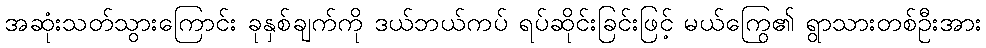
အဆုံးသတ်သွားကြောင်း ခုနှစ်ချက်ကို ဒယ်ဘယ်ကပ် ရပ်ဆိုင်းခြင်းဖြင့် မယ်ကြွေ၏ ရွာသားတစ်ဦးအား